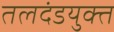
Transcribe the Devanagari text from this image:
तलदंडयुक्त